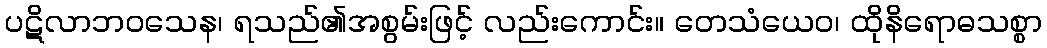
ပဋိလာဘဝသေန၊ ရသည်၏အစွမ်းဖြင့် လည်းကောင်း။ တေသံယေဝ၊ ထိုနိရောဓသစ္စာ